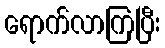
ရောက်လာကြပြီး